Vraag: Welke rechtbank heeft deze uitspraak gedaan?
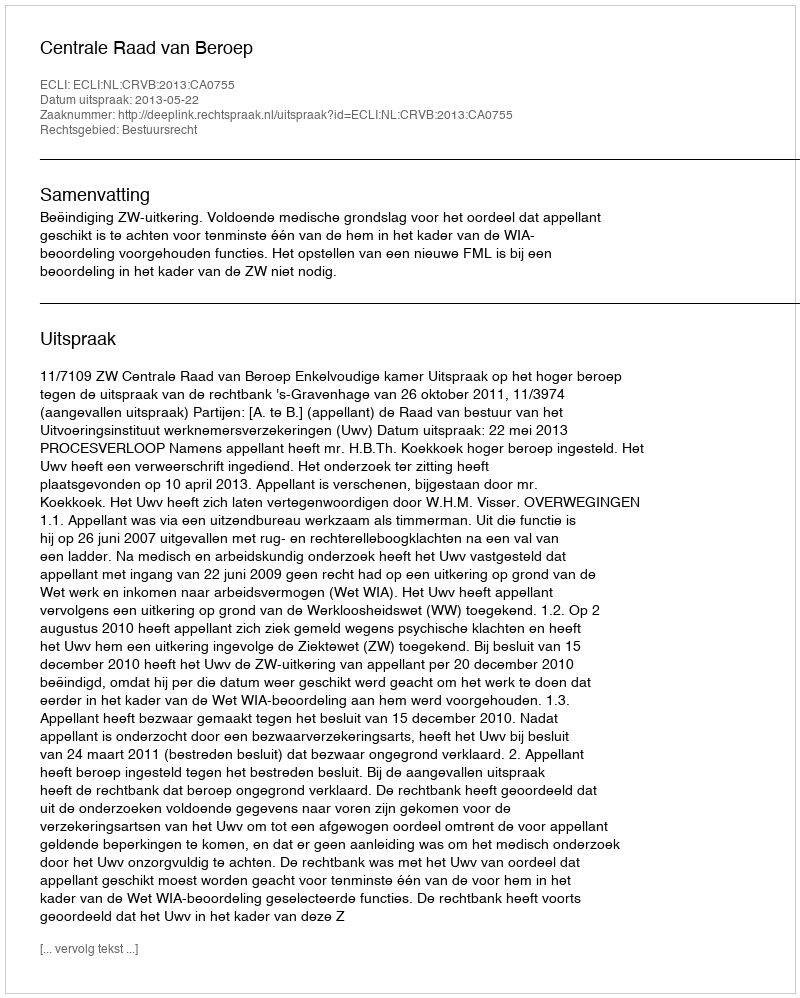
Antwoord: Centrale Raad van Beroep